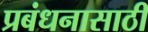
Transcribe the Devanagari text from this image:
प्रबंधनासाठी